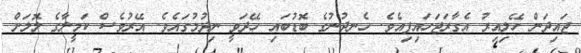
ޖައިދަން ހޭލިއިރު އެގާރަޖަހައިފިއެވެ. ހެނދުނުގެ ބޮޑުބައި ހޭދަވީ ނިދުމުގައެވެ. އޭރުވެސް ކަމީލާގެ ލޮލަށް